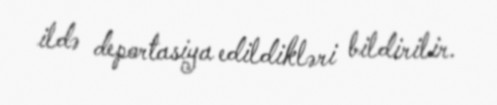
ildə deportasiya edildikləri bildirilir.